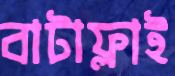
বাটাফ্লাই